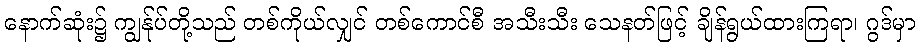
နောက်ဆုံး၌ ကျွန်ုပ်တို့သည် တစ်ကိုယ်လျှင် တစ်ကောင်စီ အသီးသီး သေနတ်ဖြင့် ချိန်ရွယ်ထားကြရာ၊ ဂွဒ်မှာ